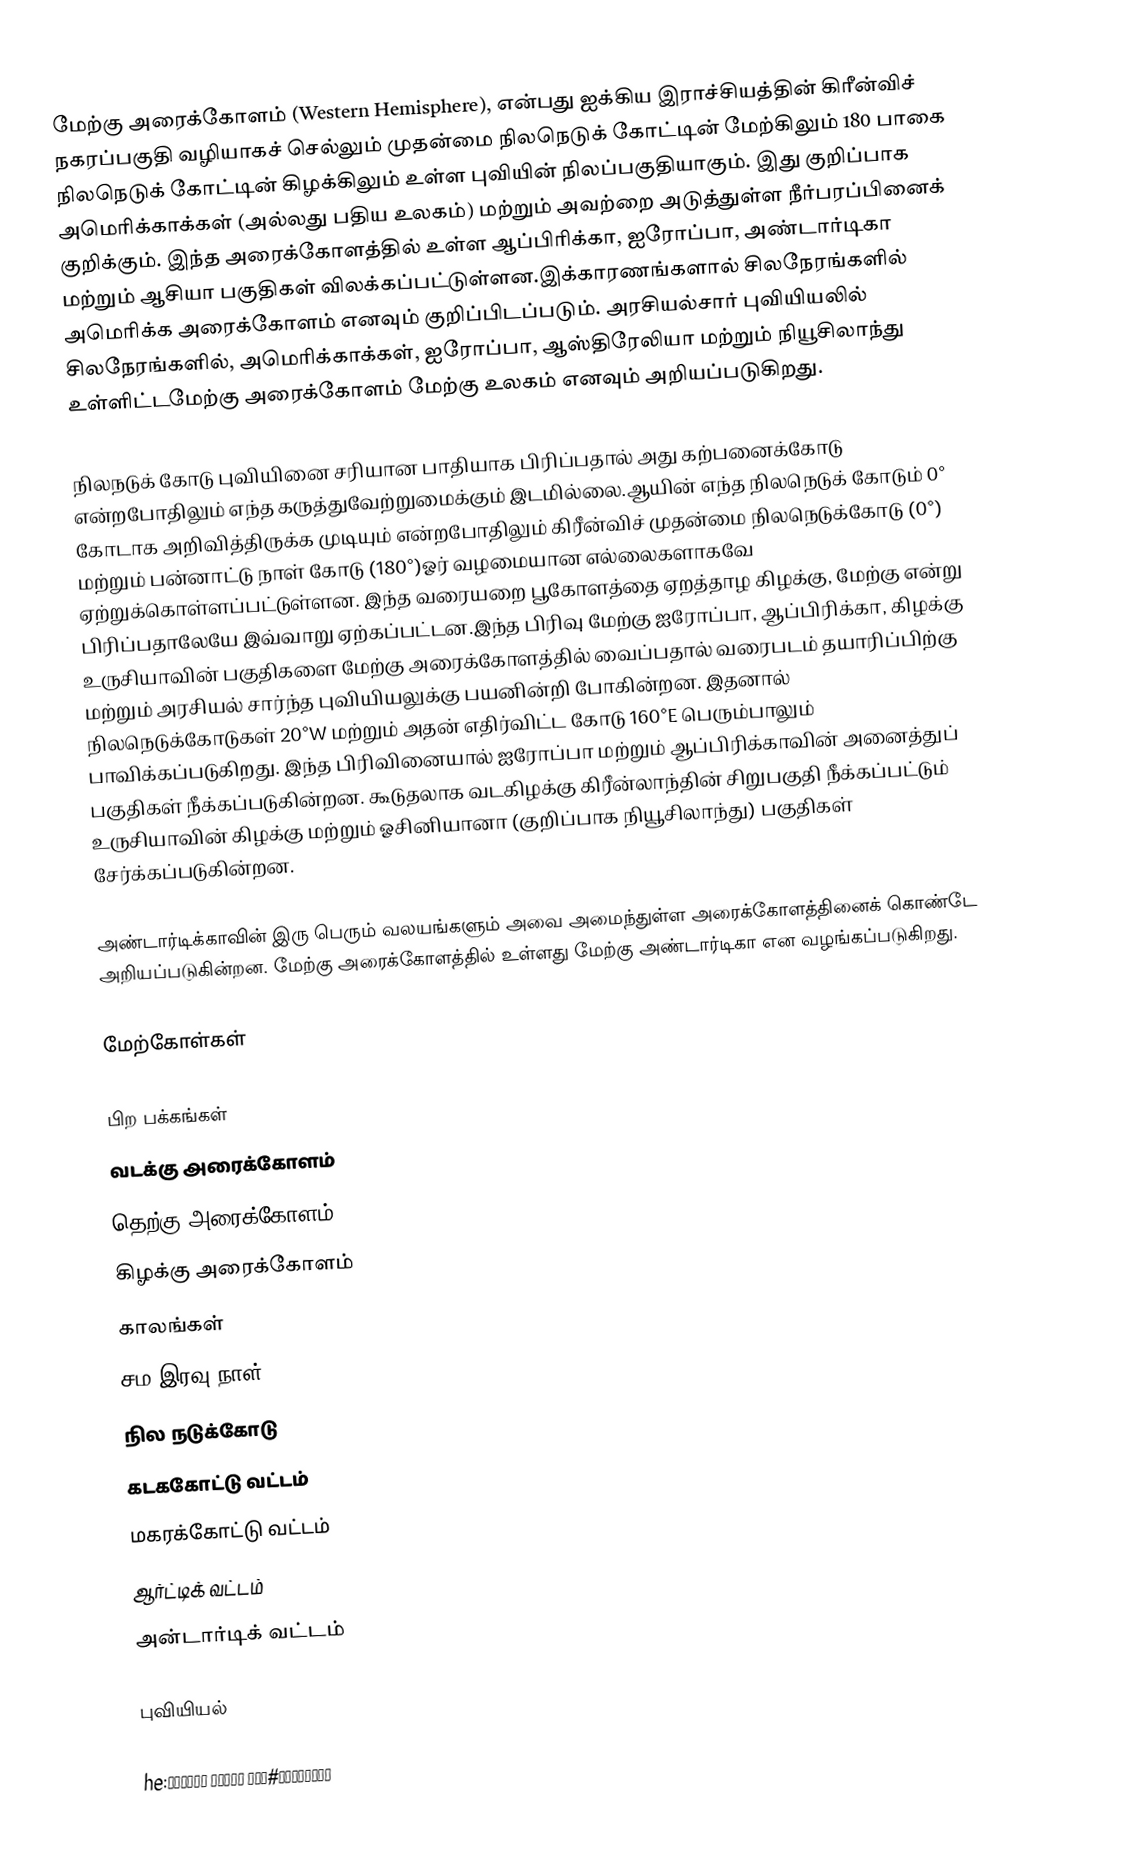
மேற்கு அரைக்கோளம் (Western Hemisphere), என்பது ஐக்கிய இராச்சியத்தின் கிரீன்விச் நகரப்பகுதி வழியாகச் செல்லும் முதன்மை நிலநெடுக் கோட்டின் மேற்கிலும் 180 பாகை நிலநெடுக் கோட்டின் கிழக்கிலும் உள்ள புவியின் நிலப்பகுதியாகும். இது குறிப்பாக அமெரிக்காக்கள் (அல்லது பதிய உலகம்) மற்றும் அவற்றை அடுத்துள்ள நீர்பரப்பினைக் குறிக்கும். இந்த அரைக்கோளத்தில் உள்ள ஆப்பிரிக்கா, ஐரோப்பா, அண்டார்டிகா மற்றும் ஆசியா பகுதிகள் விலக்கப்பட்டுள்ளன.இக்காரணங்களால் சிலநேரங்களில் அமெரிக்க அரைக்கோளம் எனவும் குறிப்பிடப்படும். அரசியல்சார் புவியியலில் சிலநேரங்களில், அமெரிக்காக்கள், ஐரோப்பா, ஆஸ்திரேலியா மற்றும் நியூசிலாந்து உள்ளிட்டமேற்கு அரைக்கோளம் மேற்கு உலகம் எனவும் அறியப்படுகிறது.

நிலநடுக் கோடு புவியினை சரியான பாதியாக பிரிப்பதால் அது கற்பனைக்கோடு என்றபோதிலும் எந்த கருத்துவேற்றுமைக்கும் இடமில்லை.ஆயின் எந்த நிலநெடுக் கோடும் 0° கோடாக அறிவித்திருக்க முடியும் என்றபோதிலும் கிரீன்விச் முதன்மை நிலநெடுக்கோடு (0°) மற்றும் பன்னாட்டு நாள் கோடு (180°)ஓர் வழமையான எல்லைகளாகவே ஏற்றுக்கொள்ளப்பட்டுள்ளன. இந்த வரையறை பூகோளத்தை ஏறத்தாழ கிழக்கு, மேற்கு என்று பிரிப்பதாலேயே இவ்வாறு ஏற்கப்பட்டன.இந்த பிரிவு மேற்கு ஐரோப்பா, ஆப்பிரிக்கா, கிழக்கு உருசியாவின் பகுதிகளை மேற்கு அரைக்கோளத்தில் வைப்பதால் வரைபடம் தயாரிப்பிற்கு மற்றும் அரசியல் சார்ந்த புவியியலுக்கு பயனின்றி போகின்றன. இதனால் நிலநெடுக்கோடுகள் 20°W மற்றும் அதன் எதிர்விட்ட கோடு 160°E பெரும்பாலும் பாவிக்கப்படுகிறது. இந்த பிரிவினையால் ஐரோப்பா மற்றும் ஆப்பிரிக்காவின் அனைத்துப் பகுதிகள் நீக்கப்படுகின்றன. கூடுதலாக வடகிழக்கு கிரீன்லாந்தின் சிறுபகுதி நீக்கப்பட்டும் உருசியாவின் கிழக்கு மற்றும் ஓசினியானா (குறிப்பாக நியூசிலாந்து) பகுதிகள் சேர்க்கப்படுகின்றன.

அண்டார்டிக்காவின் இரு பெரும் வலயங்களும் அவை அமைந்துள்ள அரைக்கோளத்தினைக் கொண்டே அறியப்படுகின்றன. மேற்கு அரைக்கோளத்தில் உள்ளது மேற்கு அண்டார்டிகா என வழங்கப்படுகிறது.

மேற்கோள்கள்

பிற பக்கங்கள்
 வடக்கு அரைக்கோளம்
 தெற்கு அரைக்கோளம்
 கிழக்கு அரைக்கோளம்
 காலங்கள்
 சம இரவு நாள்
 நில நடுக்கோடு
 கடககோட்டு வட்டம்
 மகரக்கோட்டு வட்டம்
 ஆர்ட்டிக் வட்டம்
 அன்டார்டிக் வட்டம்

புவியியல்

he:המיספירה#חצי הכדור המערבי